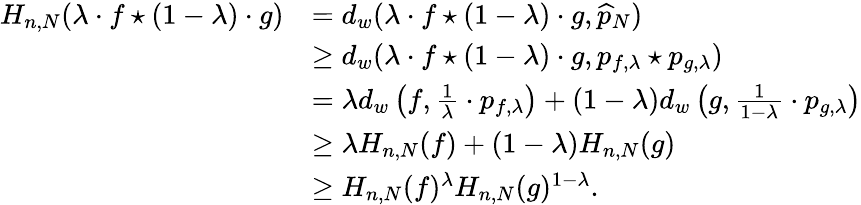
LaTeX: \begin{array}{rl}{H_{n,N}(\lambda\cdot f\star(1-\lambda)\cdot g)}&{=d_{w}(\lambda\cdot f\star(1-\lambda)\cdot g,\widehat{p}_{N})}\\ &{\geq d_{w}(\lambda\cdot f\star(1-\lambda)\cdot g,p_{f,\lambda}\star p_{g,\lambda})}\\ &{=\lambda d_{w}\left(f,\frac{1}{\lambda}\cdot p_{f,\lambda}\right)+(1-\lambda)d_{w}\left(g,\frac{1}{1-\lambda}\cdot p_{g,\lambda}\right)}\\ &{\geq\lambda H_{n,N}(f)+(1-\lambda)H_{n,N}(g)}\\ &{\geq H_{n,N}(f)^{\lambda}H_{n,N}(g)^{1-\lambda}.}\end{array}